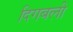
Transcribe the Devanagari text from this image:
दिगबली